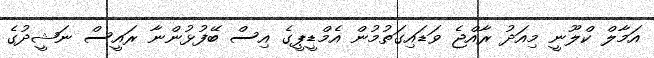
އަމާލް ކްލޫނީ މިއަދު ރާއްޖެ ވަޑައިގަތުމުން އެމްޑީޕީގެ އިސް ބޭފުޅުންނާ ރައީސް ނަޝީދުގެ